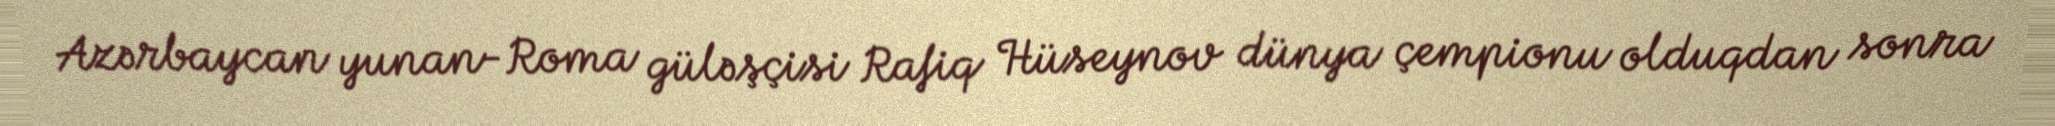
Azərbaycan yunan-Roma güləşçisi Rafiq Hüseynov dünya çempionu olduqdan sonra